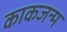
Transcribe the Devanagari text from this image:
काकजन्म